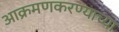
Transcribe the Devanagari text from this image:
आक्रमणकरण्याच्या